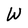
Character: W